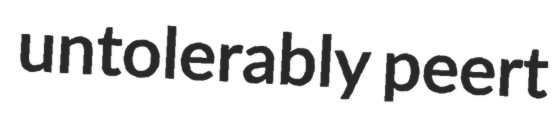
untolerably peert